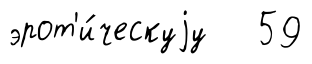
эрот'и́ческуjу 59